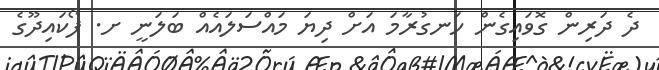
ދެ ދަރިން ގޮވައިގެން ހަނގުރާމަ އަށް ދިޔަ މައްސަލައެއް ބަލަނީ ށ. ފޯކައިދޫގެ